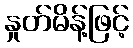
နှုတ်မိန့်ဖြင့်